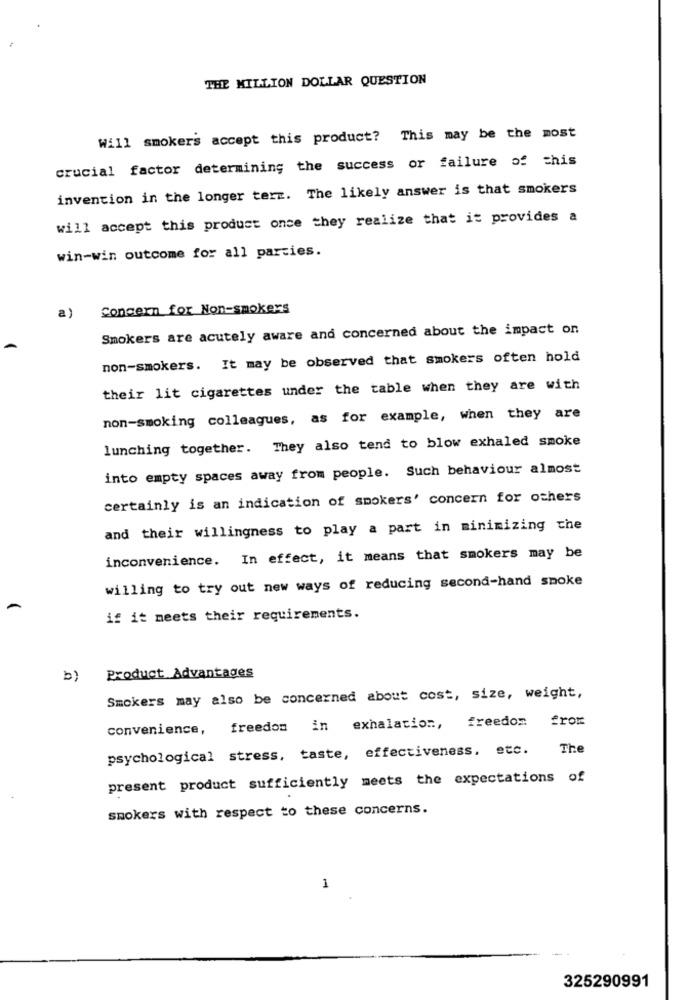
THE MILLION DOLLAR QUESTION
Will smokers accept this product? This may be the most
crucial factor determining the success or failure of this
invention in the longer terz. The likely answer is that smokers
will accept this product once they realize that it provides a
win-win outcome for all parties.
Concern for Non-smokers
a)
Smokers are acutely aware and concerned about the impact on
non-smokers. It may be observed that smokers often hold
their lit cigarettes under the table when they are with
non-smoking colleagues, as for example, when they are
lunching together. They also tend to blow exhaled smoke
into empty spaces away from people. Such behaviour almost
certainly is an indication of smokers' concern for others
and their willingness to play a part in minimizing the
inconvenience. In effect, it means that smokers may be
willing to try out new ways of reducing second-hand smoke
if it meets their requirements.
Product Advantages
b)
Smokers may also be concerned about cost, size, weight,
freedom in exhalation, freedom from
convenience,
psychological stress, taste, effectiveness, etc.
The
present product sufficiently meets the expectations of
smokers with respect to these concerns.
1
325290991